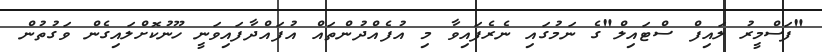
"ފަސްމީރު ލައިފް ސްޓައިލް"ގެ ނަމުގައި ނެރެފައިވާ މި އުފެއްދުންތައް އުފައްދާފައިވަނީ ހޫނުކޮށްލައިގެން ވަގުތުން